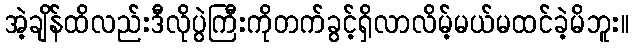
အဲ့ချိန်ထိလည်းဒီလိုပွဲကြီးကိုတက်ခွင့်ရှိလာလိမ့်မယ်မထင်ခဲ့မိဘူး။